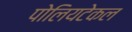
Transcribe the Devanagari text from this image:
पोलियटेकल